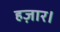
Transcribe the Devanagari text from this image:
हज़ार।